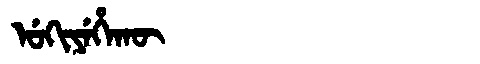
Manchu: ᡠᡴᡳᠶᡝᡥᠠᡴᡡ
Romanization: UKIYEHAKŪ